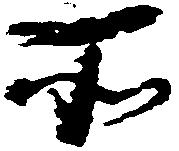
所